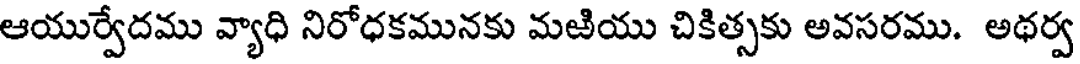
ఆయుర్వేదము వ్యాధి నిరోధకమునకు మఱియు చికిత్సకు అవసరము. అథర్వ